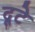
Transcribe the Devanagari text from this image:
दूटे